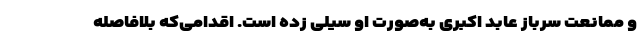
و ممانعت سرباز عابد اکبری به‌صورت او سیلی زده است. اقدامی‌که بلافاصله